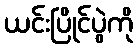
ယင်းပြိုင်ပွဲကို